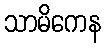
သာမိကေန